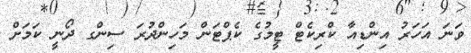
ވަނަ އަހަރު އިންޑިއާ ކްރިކެޓް ޓީމުގެ ކެޕްޓަން މަހިންދުރަ ސިންގ ދޯނީ ކަމަށް